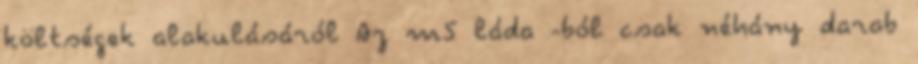
költségek alakulásáról Az m5 láda -ból csak néhány darab